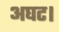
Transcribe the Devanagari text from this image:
अघट।